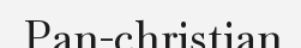
Pan-christian